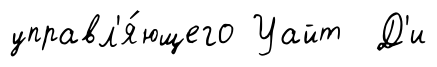
управл'я́ющего Уайт Д'и